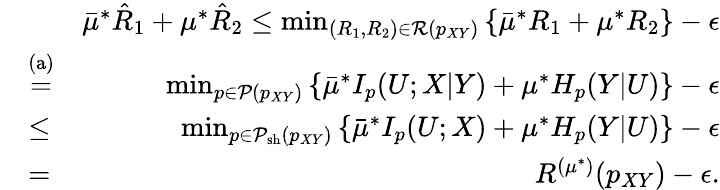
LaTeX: \begin{array}{rlr}&{}&{\bar{\mu}^{*}\hat{R}_{1}+\mu^{*}\hat{R}_{2}\leq\operatorname*{min}_{(R_{1},R_{2})\in{\cal R}(p_{XY})}\left\{ \bar{\mu}^{*}R_{1}+\mu^{*}R_{2}\right\} -\epsilon}\\ &{\stackrel{\mathrm{(a)}}{=}}&{\operatorname*{min}_{p\in{\cal P}(p_{XY})}\left\{ \bar{\mu}^{*}I_{p}(U;X|Y)+\mu^{*}H_{p}(Y|U)\right\} -\epsilon}\\ &{\leq}&{\operatorname*{min}_{p\in{\cal P}_{\mathrm{sh}}(p_{XY})}\left\{ \bar{\mu}^{*}I_{p}(U;X)+\mu^{*}H_{p}(Y|U)\right\} -\epsilon}\\ &{=}&{R^{(\mu^{*})}(p_{XY})-\epsilon.}\end{array}